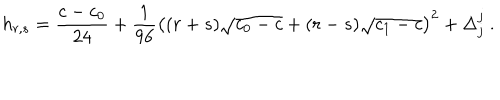
LaTeX: h _ { r , s } = { \frac { c - c _ { 0 } } { 2 4 } } + { \frac { 1 } { 9 6 } } \left( ( r + s ) \sqrt { c _ { 0 } - c } + ( r - s ) \sqrt { c _ { 1 } - c } \right) ^ { 2 } + \Delta _ { j } ^ { j } { } ~ .